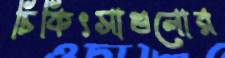
চিকিৎসাগুলোর